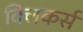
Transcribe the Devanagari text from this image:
क्लिकर्स